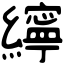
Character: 𦆭